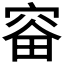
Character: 𪧗